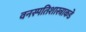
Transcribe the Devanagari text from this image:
वनस्पतिशास्त्राकडे